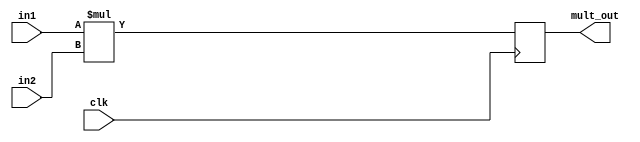
`timescale 1ns / 1ps
//////////////////////////////////////////////////////////////////////////////////
// Company: 
// Engineer: 
// 
// Design Name: 
// Module Name: multiplier
// Project Name: 
// Target Devices: 
// Tool Versions: 
// Description: 
// 
// Dependencies: 
// 
// Revision:
// Revision 0.01 - File Created
// Additional Comments:
// 
//////////////////////////////////////////////////////////////////////////////////


(* USE_DSP="yes" *)module multiplier#(
    parameter n = 6)(
    input clk,
    input [n-1 : 0] in1, in2,
    output reg [2*n - 1 : 0] mult_out
    );
    
    always@(posedge clk)begin
        mult_out <= in1 * in2;
    end
endmodule